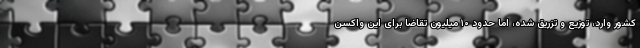
کشور وارد، توزیع و تزریق شده، اما حدود ۱۰ میلیون تقاضا برای این واکسن